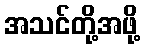
အသင်တို့အဖို့